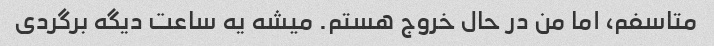
متاسفم، اما من در حال خروج هستم. میشه یه ساعت دیگه برگردی